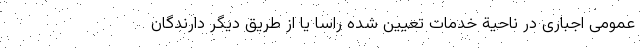
عمومی اجباری در ناحیة خدمات تعیین شده راساً یا از طریق دیگر دارندگان